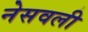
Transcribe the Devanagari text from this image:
नेसवली